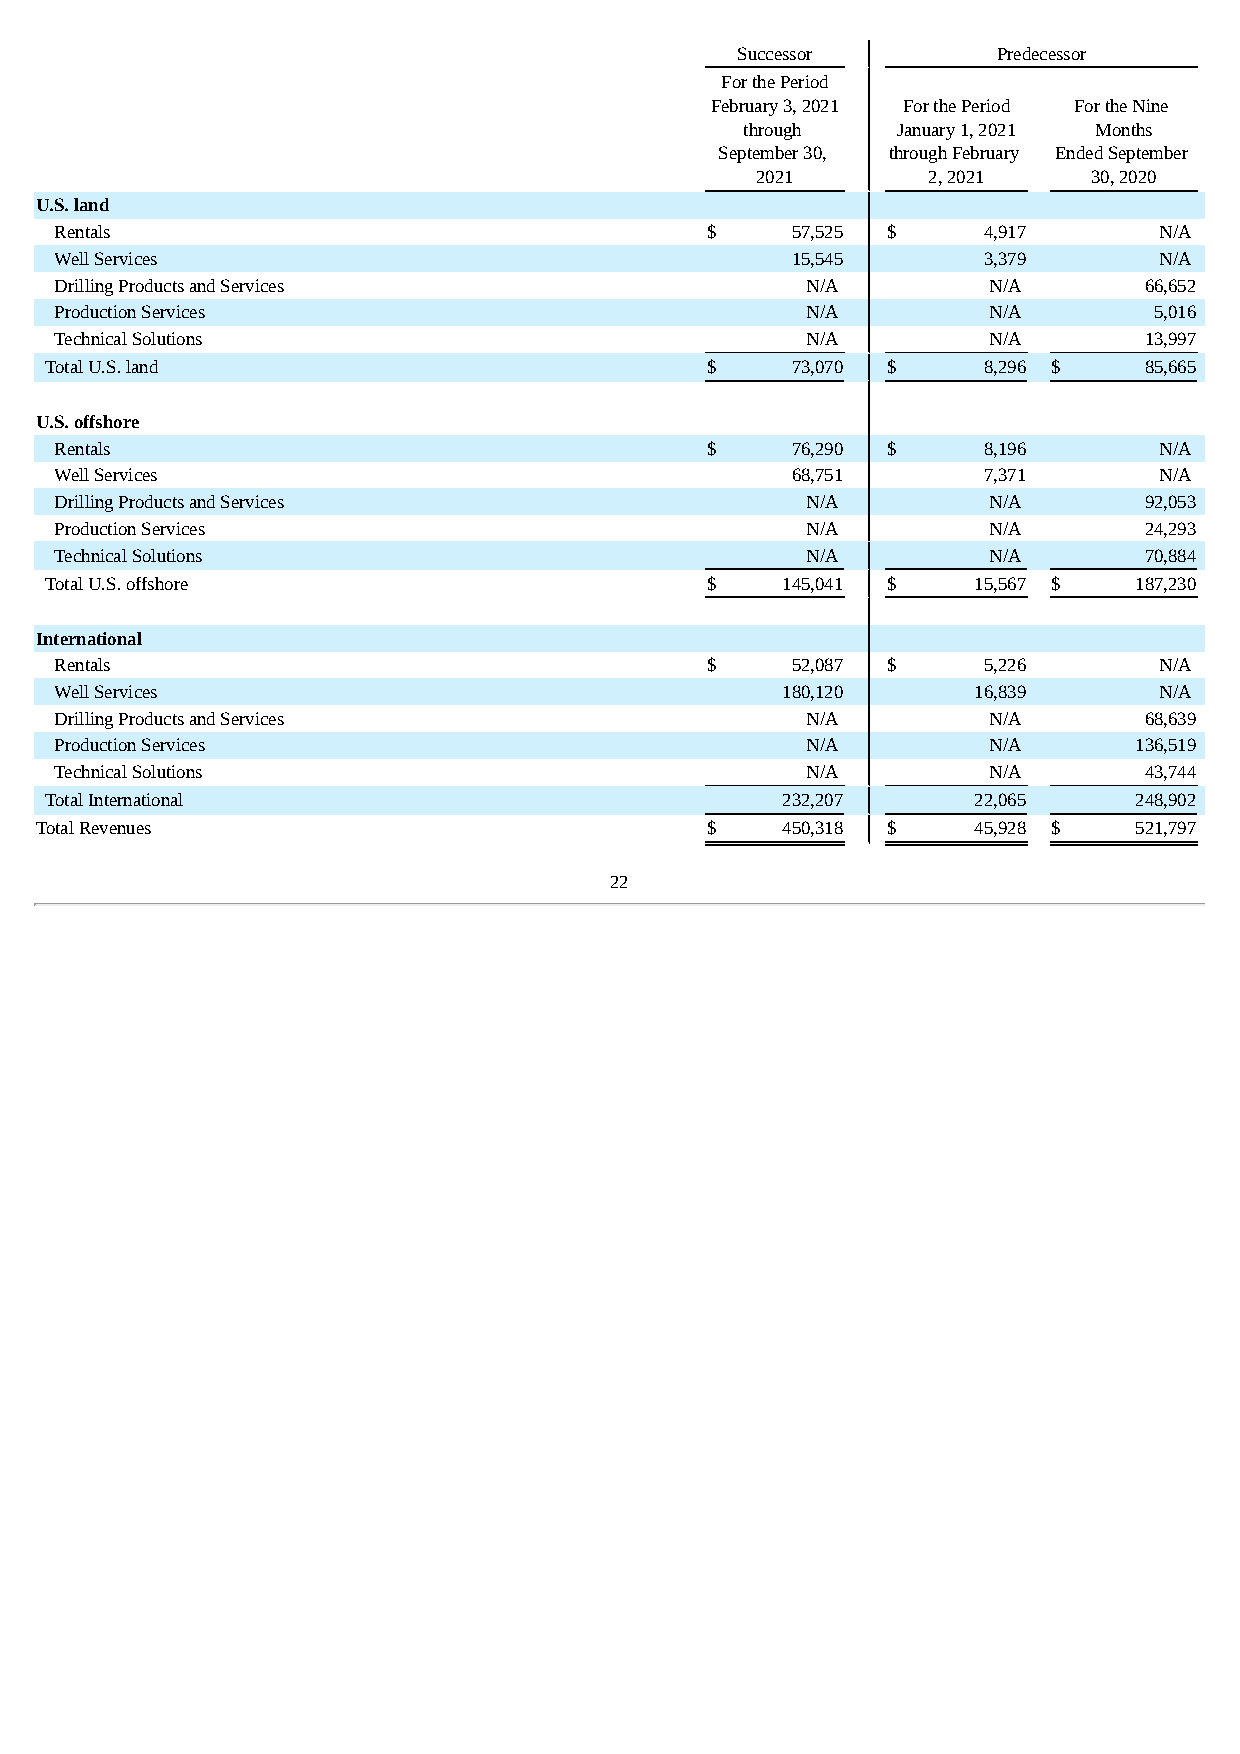
Successor        Predecessor
 For the Period
 February 3, 2021 For the Period For the Nine
 through   January 1, 2021 Months
 September 30, through February Ended September
 2021       2, 2021    30, 2020
 U.S. land
 Rentals                                    $    57,525 $     4,917       N/A
 Well Services                                   15,545       3,379       N/A
 Drilling Products and Services                   N/A         N/A        66,652
 Production Services                              N/A         N/A        5,016
 Technical Solutions                              N/A         N/A        13,997
 Total U.S. land                             $    73,070 $     8,296 $    85,665
 U.S. offshore
 Rentals                                    $    76,290 $     8,196       N/A
 Well Services                                   68,751       7,371       N/A
 Drilling Products and Services                   N/A         N/A        92,053
 Production Services                              N/A         N/A        24,293
 Technical Solutions                              N/A         N/A        70,884
 Total U.S. offshore                         $    145,041 $   15,567 $   187,230
 International
 Rentals                                    $    52,087 $     5,226       N/A
 Well Services                                   180,120     16,839       N/A
 Drilling Products and Services                   N/A         N/A        68,639
 Production Services                              N/A         N/A       136,519
 Technical Solutions                              N/A         N/A        43,744
 Total International                              232,207     22,065     248,902
 Total Revenues                               $    450,318 $   45,928 $   521,797
 22